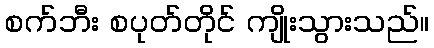
စက်ဘီး စပုတ်တိုင် ကျိုးသွားသည်။